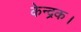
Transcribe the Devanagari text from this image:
केन्द्रक।